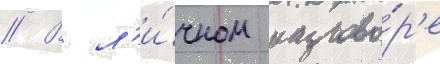
// В л'и́чном разгово́р'е